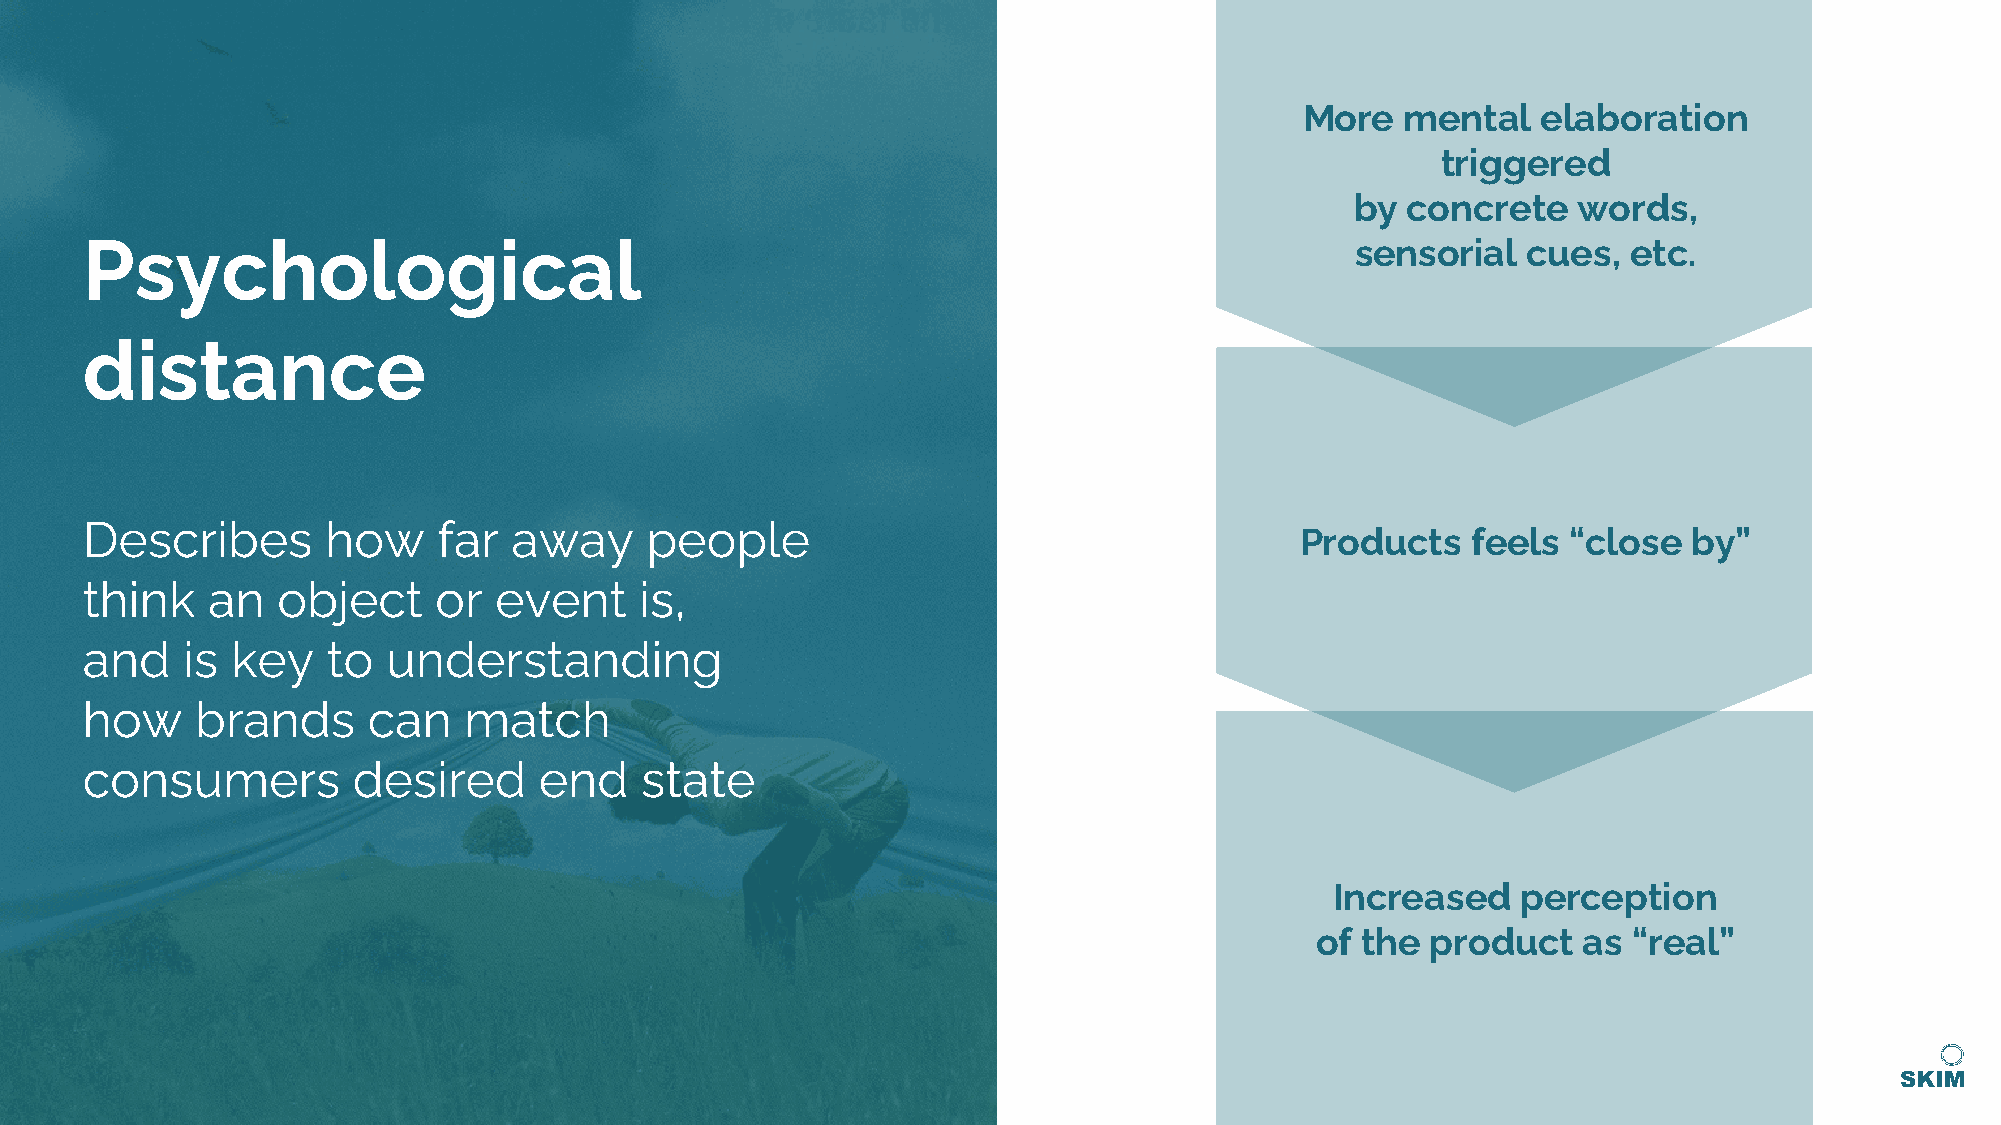
More   mental   elaboration
 triggered
 by concrete   words,
 Psychological                                                                        sensorial  cues,  etc.
 distance
 Describes        how    far  away     people
 Products   feels  “close  by”
 think    an  object     or  event    is,
 and    is key    to  understanding
 how     brands     can    match
 consumers         desired      end   state
 Increased    perception
 of the  product   as “real”